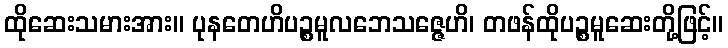
ထိုဆေးသမားအား။ ပုနတေဟိပဉ္စမူလဘေသဇ္ဇေဟိ၊ တဖန်ထိုပဉ္စမူဆေးတို့ဖြင့်။